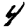
Digit: 4